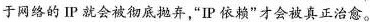
于网络的P就会被彻底抛弃，“IP依赖”才会被真正治愈。